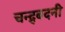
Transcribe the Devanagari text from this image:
चन्द्र्बदनी